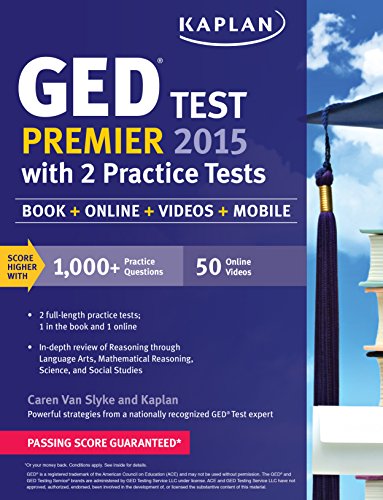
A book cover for Kaplan GED Test Premier 2015 with 2 Practice Tests: Book + Online + Videos + Mobile (Kaplan Test Prep); Caren Van Slyke; Test Preparation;